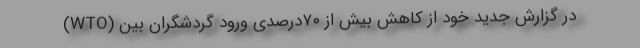
(WTO) در گزارش جدید خود از کاهش بیش از ۷۰درصدی ورود گردشگران بین‌